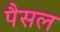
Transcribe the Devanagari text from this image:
पैसल